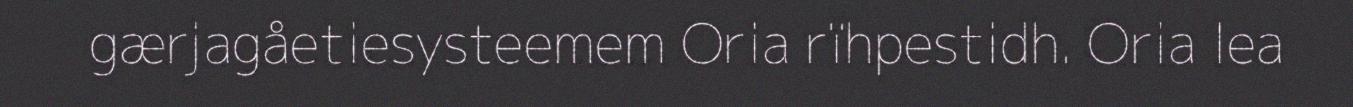
gærjagåetiesysteemem Oria rïhpestidh. Oria lea